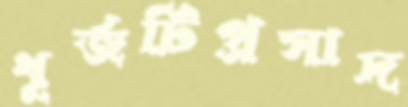
ধূর্জটিপ্রসাদ